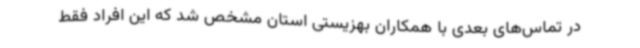
در تماس‌های بعدی با همکاران بهزیستی استان مشخص شد که این افراد فقط